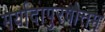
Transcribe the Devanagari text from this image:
मर्यादापुरषोत्तम